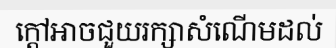
ក្តៅអាចជួយរក្សាសំណើមដល់